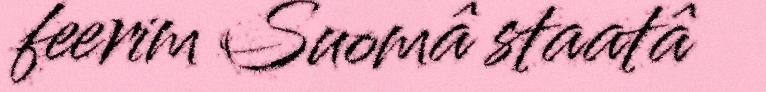
feerim Suomâ staatâ